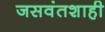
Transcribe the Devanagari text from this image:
जसवंतशाही